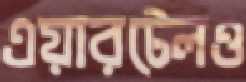
এয়ারটেলও